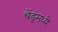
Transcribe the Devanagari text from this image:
चेंडुंमध्ये